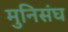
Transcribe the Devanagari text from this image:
मुनिसंघ